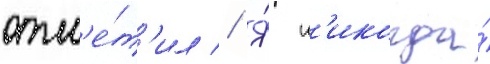
отм'е́т'ил // Я́ н'икогда́